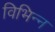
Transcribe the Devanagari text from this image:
विभिन्न